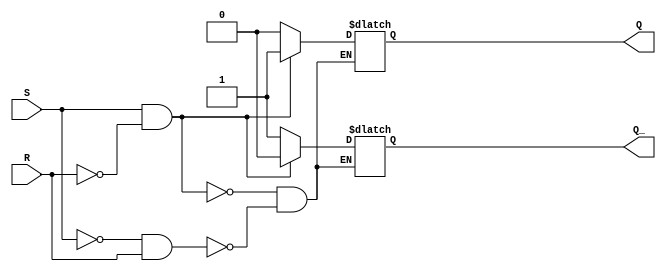
module sr_flip_flop (
  input wire S, // Set input
  input wire R, // Reset input
  output reg Q, // Q output
  output reg Q_ // Q' output
);

always @ (S, R) begin
  if (S && !R) begin
    Q <= 1; // set Q to high
    Q_ <= 0; // set Q' to low
  end else if (!S && R) begin
    Q <= 0; // set Q to low
    Q_ <= 1; // set Q' to high
  end else begin
    // Remain in current state
  end
end

endmodule